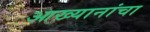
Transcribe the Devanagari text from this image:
आख्यानांचा